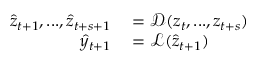
\begin{array} { r l } { \hat { z } _ { t + 1 } , . . . , \hat { z } _ { t + s + 1 } } & { { } = \mathcal { D } ( z _ { t } , . . . , z _ { t + s } ) } \\ { \hat { y } _ { t + 1 } } & { { } = \mathcal { L } ( \hat { z } _ { t + 1 } ) } \end{array}